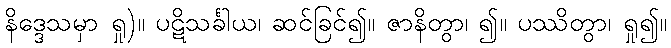
နိဒ္ဒေသမှာ ရှု)။ ပဋိသင်္ခါယ၊ ဆင်ခြင်၍။ ဇာနိတွာ၊ ၍။ ပဿိတွာ၊ ရှု၍။